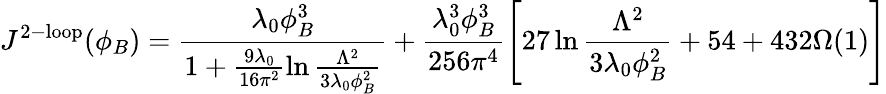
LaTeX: J^{\mathrm{2-loop}}(\phi_{B})=\frac{\lambda_{0}\phi_{B}^{3}}{1+\frac{9\lambda_{0}}{16\pi^{2}}\ln\frac{\Lambda^{2}}{3\lambda_{0}\phi_{B}^{2}}}+\frac{\lambda_{0}^{3}\phi_{B}^{3}}{256\pi^{4}}\left[27\ln\frac{\Lambda^{2}}{3\lambda_{0}\phi_{B}^{2}}+54+432\Omega(1)\right]